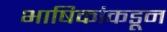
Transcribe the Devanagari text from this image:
भाषिकांकडून